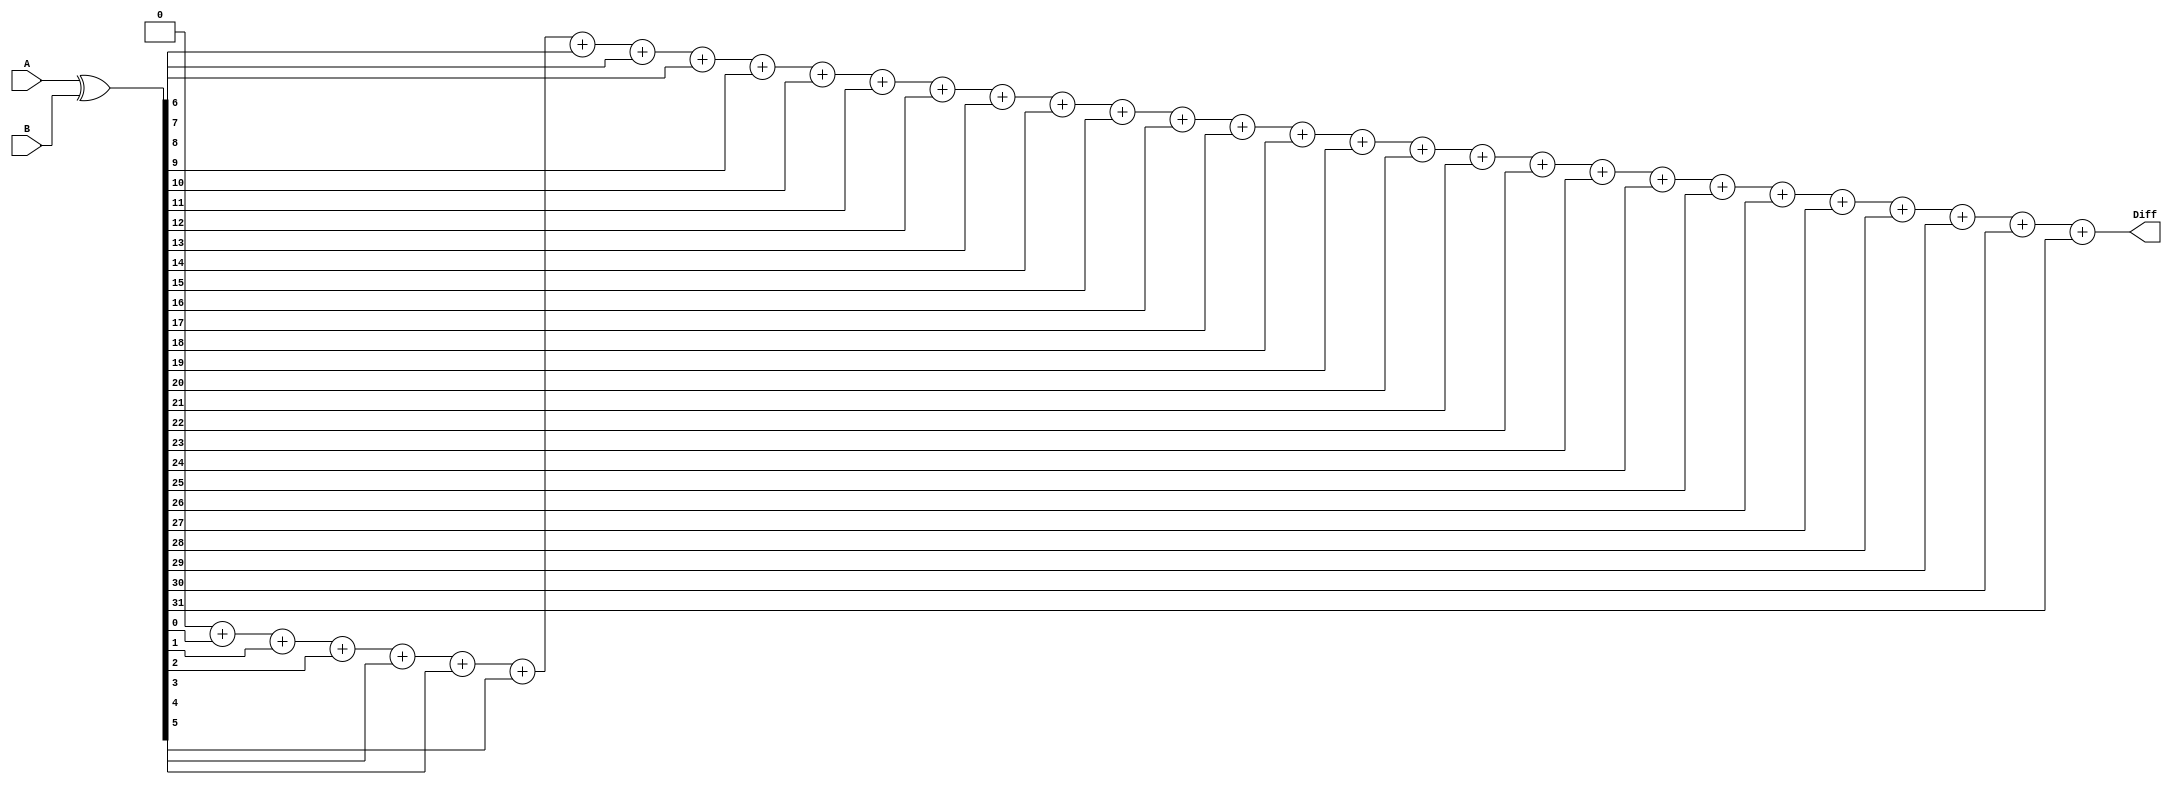
`ifndef __DIFF__
`define __DIFF__

module Diff #(
	parameter Width = 32,
	parameter DiffWidth = $clog2(Width)
) (
	input [Width-1:0]A,
	input [Width-1:0]B,
	output reg [DiffWidth-1:0]Diff
);

wire [Width-1:0]diffBits = A ^ B;

integer i;
always @(*)
begin
	Diff = 0;
	for (i=0;i<Width;i=i+1)
	begin
		Diff = Diff + diffBits[i];
	end
end


endmodule

`endif